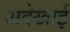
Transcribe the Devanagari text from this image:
अदेखाई